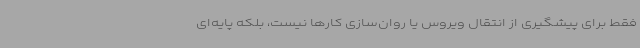
فقط برای پیشگیری از انتقال ویروس یا روان‌سازی کارها نیست، بلکه پایه‌ای